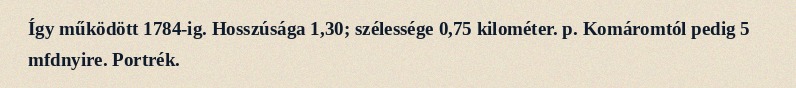
Így működött 1784-ig. Hosszúsága 1,30; szélessége 0,75 kilométer. p. Komáromtól pedig 5 mfdnyire. Portrék.